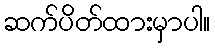
ဆက်ပိတ်ထားမှာပါ။